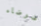
ضوضاء